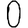
Digit: 0